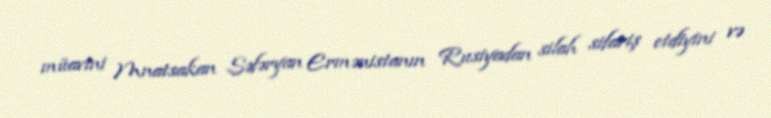
müavini Mnatsakan Səfəryan Ermənistanın Rusiyadan silah sifariş etdiyini və